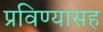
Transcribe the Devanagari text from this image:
प्रविण्यासह